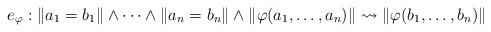
\begin{align*}e_{\varphi}: \| a_1=b_1 \| \wedge \cdots \wedge \|a_n=b_n\| \wedge \|\varphi(a_1, \ldots, a_n)\| \leadsto \|\varphi(b_1, \ldots, b_n)\|\end{align*}